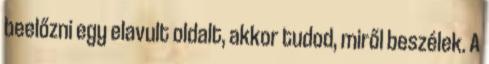
beelőzni egy elavult oldalt, akkor tudod, miről beszélek. A